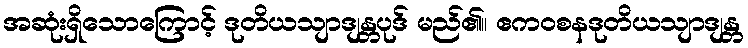
အဆုံးရှိသောကြောင့် ဒုတိယသျာဒျန္တပုဒ် မည်၏။ ဧကဝစနဒုတိယသျာဒျန္တ